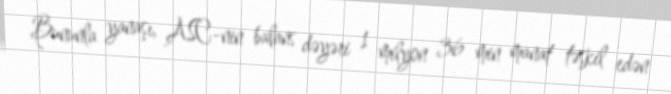
Bununla yanaşı, ASC-nin balans dəyəri 1 milyon 36 min manat təşkil edən